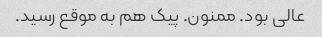
عالی بود. ممنون. پیک هم به موقع رسید.